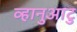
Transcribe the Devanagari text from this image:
व्हानुआटु